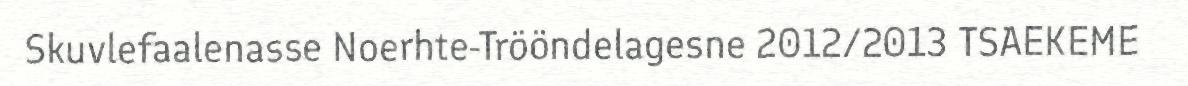
Skuvlefaalenasse Noerhte-Trööndelagesne 2012/2013 TSAEKEME